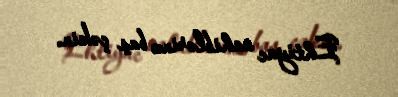
Ehtiyac sahiblərinə baş çəkin.